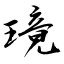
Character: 璄